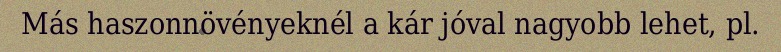
Más haszonnövényeknél a kár jóval nagyobb lehet, pl.